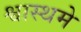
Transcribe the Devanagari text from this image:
श्वास्थमे